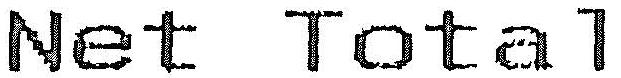
NET TOTAL